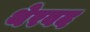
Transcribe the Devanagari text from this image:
थेरवद